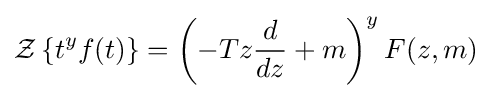
{\mathcal {Z}}\left\{t^{y}f(t)\right\}=\left(-Tz{\frac {d}{dz}}+m\right)^{y}F(z,m)